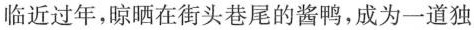
临近过年，晾晒在街头巷尾的酱鸭，成为一道独